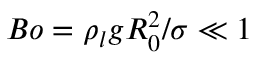
B o = \rho _ { l } g R _ { 0 } ^ { 2 } / \sigma \ll 1